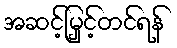
အဆင့်မြှင့်တင်ရန်